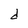
Character: d